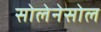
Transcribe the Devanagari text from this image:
सोलेनेसोल